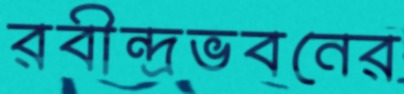
রবীন্দ্রভবনের